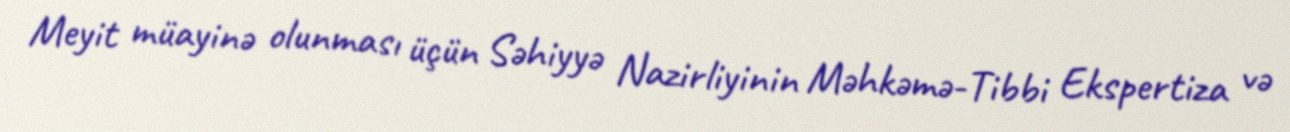
Meyit müayinə olunması üçün Səhiyyə Nazirliyinin Məhkəmə-Tibbi Ekspertiza və